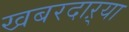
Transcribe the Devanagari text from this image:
खबरदाऱ्या